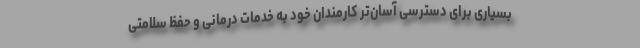
بسیاری برای دسترسی آسان‌تر کارمندان خود به خدمات درمانی و حفظ سلامتی